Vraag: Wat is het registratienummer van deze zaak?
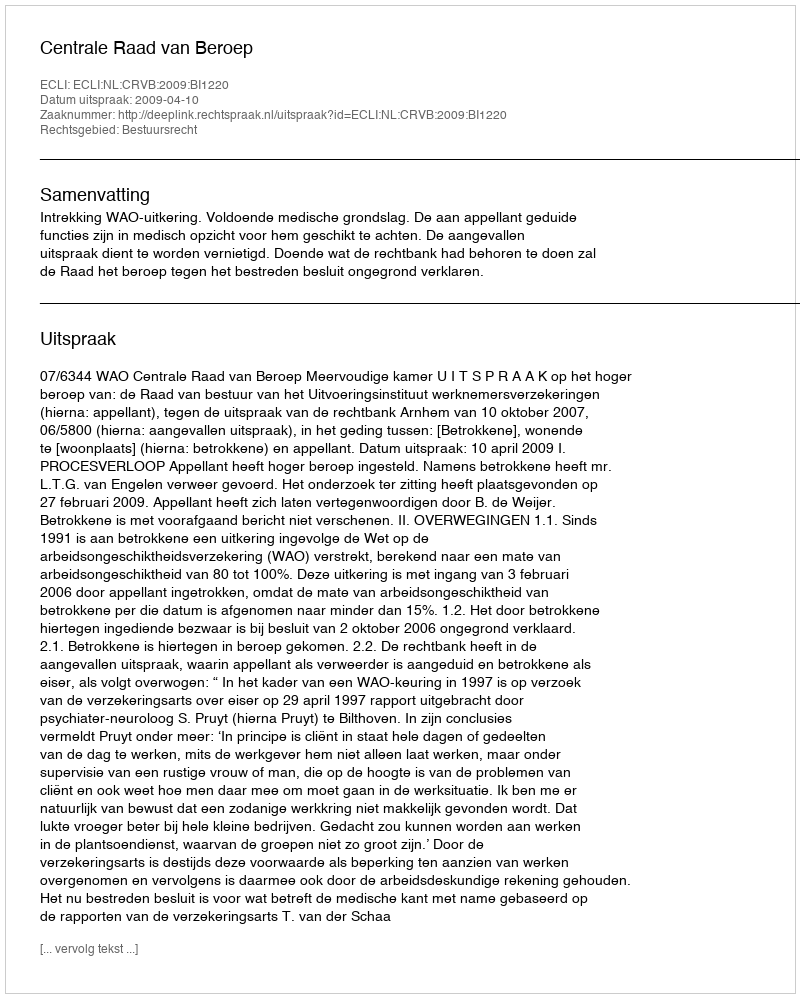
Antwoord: http://deeplink.rechtspraak.nl/uitspraak?id=ECLI:NL:CRVB:2009:BI1220